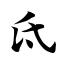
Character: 氐